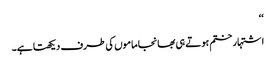
‘‘
اشتہار ختم ہوتے ہی بھانجا ماموں کی طرف دیکھتا ہے۔